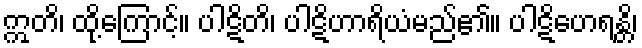
ဣတိ၊ ထို့ကြောင့်။ ပါဋိတိ၊ ပါဋိဟာရိယံမည်၏။ ပါဋိဟေရန္တိ၊